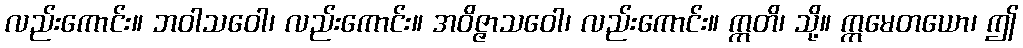
လည်းကောင်း။ ဘဝါသဝေါ၊ လည်းကောင်း။ အဝိဇ္ဇာသဝေါ၊ လည်းကောင်း။ ဣတိ၊ သို့။ ဣမေတယော၊ ဤ